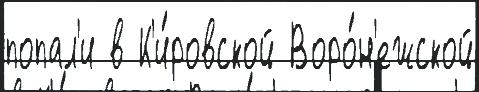
попал'и в К'и́ровской Воро́н'ежской